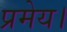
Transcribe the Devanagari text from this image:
प्रमेय।